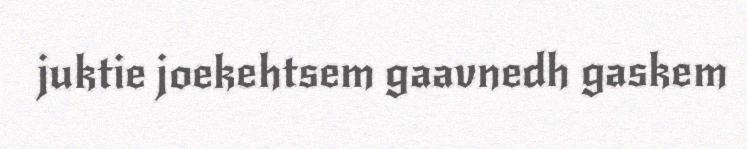
juktie joekehtsem gaavnedh gaskem